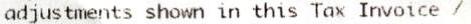
ADJUSTMENTS SHOWN IN THIS TAX INVOICE /